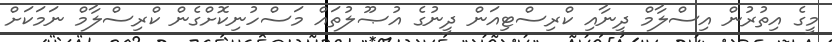
މީގެ އިތުރުން އިސްލާމް ދީނާއި ކްރިސްޓިއަން ދީނުގެ އުޞޫލުތައް މަސްހުނިކޮށްގެން ކްރިސްލާމް ނަމަކަށް